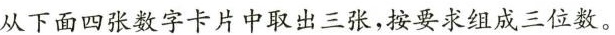
从下面四张数字卡片中取出三张，按要求组成三位数。